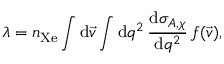
\lambda = n _ { \mathrm { X e } } \int \mathrm { d } \vec { v } \int \mathrm { d } q ^ { 2 } \, \frac { \mathrm { d } \sigma _ { A , \chi } } { \mathrm { d } q ^ { 2 } } \, f ( \vec { v } ) ,